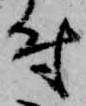
付